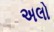
અલો